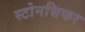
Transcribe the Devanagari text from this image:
स्टोनसिफर